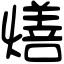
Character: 㷽